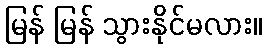
မြန် မြန် သွားနိုင်မလား။